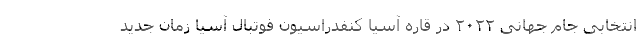
انتخابی جام جهانی ۲۰۲۲ در قاره آسیا کنفدراسیون فوتبال آسیا زمان جدید